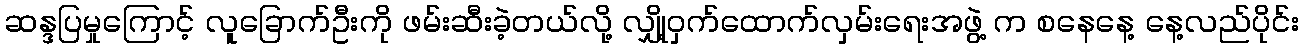
ဆန္ဒပြမှုကြောင့် လူခြောက်ဦးကို ဖမ်းဆီးခဲ့တယ်လို့ လျှို့ဝှက်ထောက်လှမ်းရေးအဖွဲ့ က စနေနေ့ နေ့လည်ပိုင်း